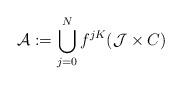
LaTeX: \begin{align*}\mathcal{A}:=\bigcup_{j=0}^Nf^{jK}(\mathcal{J}\times C)\end{align*}